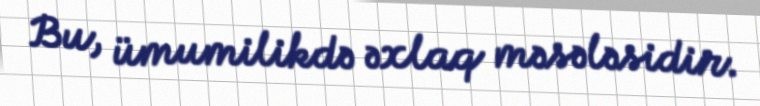
Bu, ümumilikdə əxlaq məsələsidir.